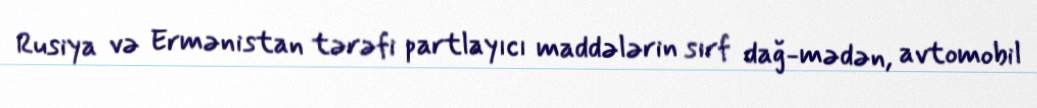
Rusiya və Ermənistan tərəfi partlayıcı maddələrin sırf dağ-mədən, avtomobil